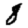
Digit: 8